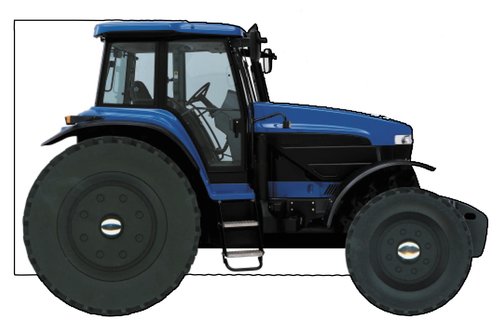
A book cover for Farm Tractor (Wheelie Books); DK; Children's Books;